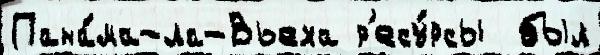
Пана́ма-ла-Вьеха р'есу́рсы  был